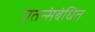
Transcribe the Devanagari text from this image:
एतत्संबंधित